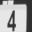
Digit: 4